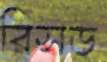
রিসড